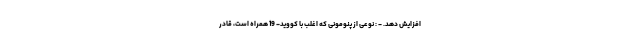
افزایش دهد. - : نوعی از پنومونی که اغلب با کووید- 19 همراه است، قادر